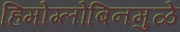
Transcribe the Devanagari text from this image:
हिमोग्लोबिनमुळे